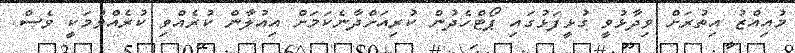
މުއިއްޒު އިތުރަށް ވިދާޅުވީ ގުޅީފަޅުގައި ޕޯޓްހެދުން ކުރިއަށްދާނެކަމަށް އިއުލާން ކުރެއްވި ކުރެއްވުމަކީ ވެސް